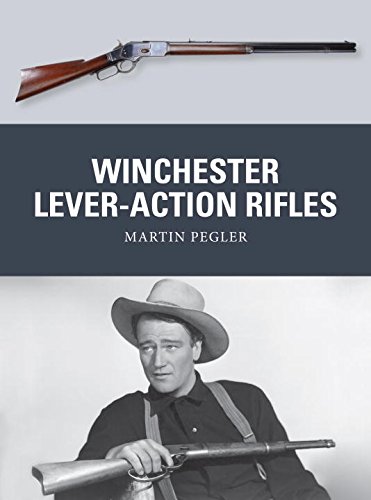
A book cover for Winchester Lever-Action Rifles (Weapon); Martin Pegler; Crafts, Hobbies & Home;